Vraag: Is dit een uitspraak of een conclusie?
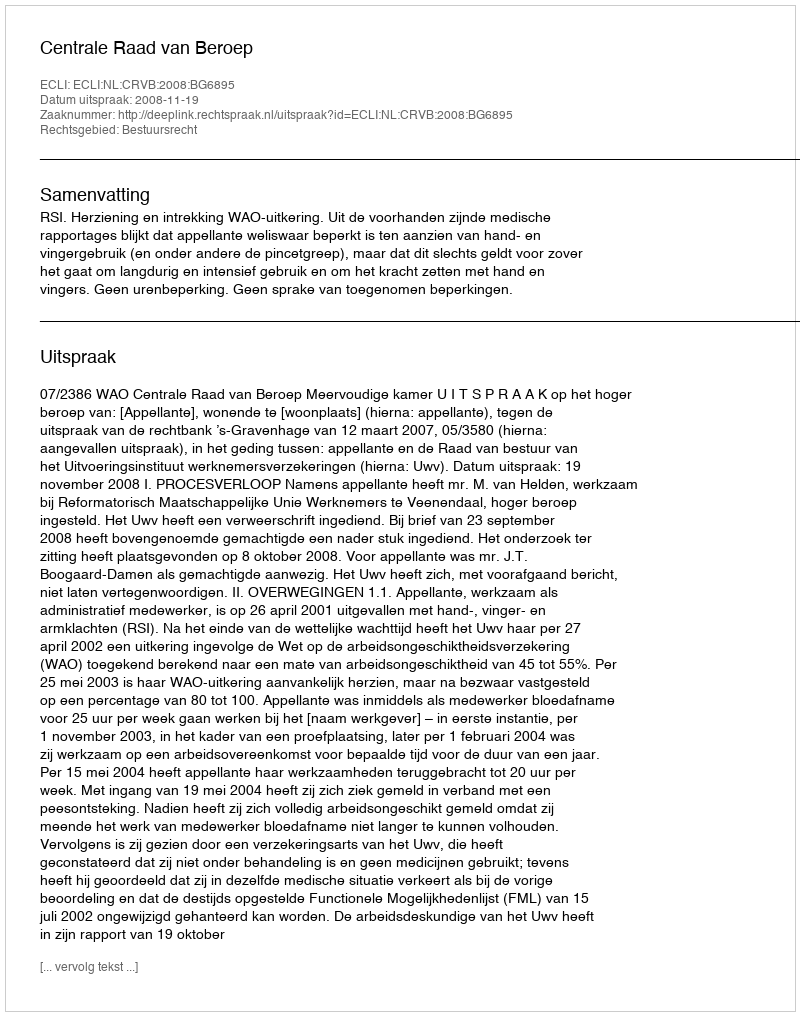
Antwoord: Uitspraak